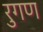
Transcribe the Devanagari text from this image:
रुगण